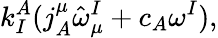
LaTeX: k_{I}^{A}(j_{A}^{\mu}\hat{\omega}_{\mu}^{I}+c_{A}\omega^{I}),